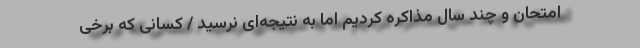
امتحان و چند سال مذاکره کردیم اما به نتیجه‌ای نرسید / کسانی که برخی